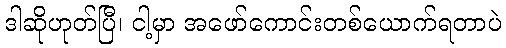
ဒါဆိုဟုတ်ပြီ၊ ငါ့မှာ အဖော်ကောင်းတစ်ယောက်ရတာပဲ